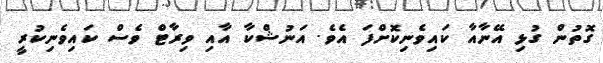
ގޮތުން ގުޅި އޭނާއާ ކައިވެނިކޮށްފަ އެވެ. އަނުޝްކާ އާއި ވިރާޓް ވެސް ކައިވެނިކުރީ